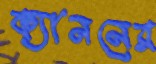
ক্যাননের